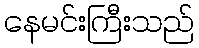
နေမင်းကြီးသည်